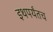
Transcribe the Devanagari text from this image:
इथपर्यंतच